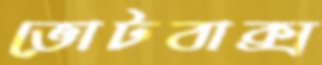
ভোটবাক্স